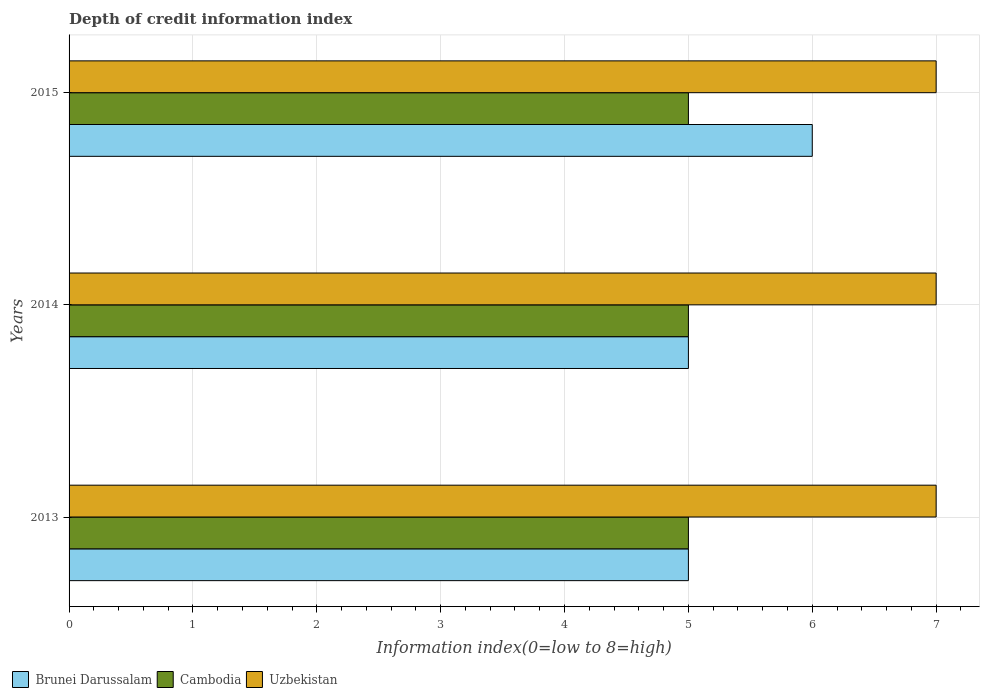
| Years | Brunei Darussalam | Cambodia | Uzbekistan |
 | --- | --- | --- | --- |
 | 2013 | 5 | 5 | 7 |
 | 2014 | 5 | 5 | 7 |
 | 2015 | 6 | 5 | 7 |